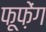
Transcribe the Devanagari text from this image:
फूफ़ेंग